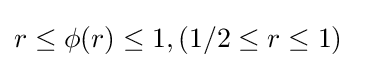
r\leq \phi (r)\leq 1,\left(1/2\leq r\leq 1\right)\